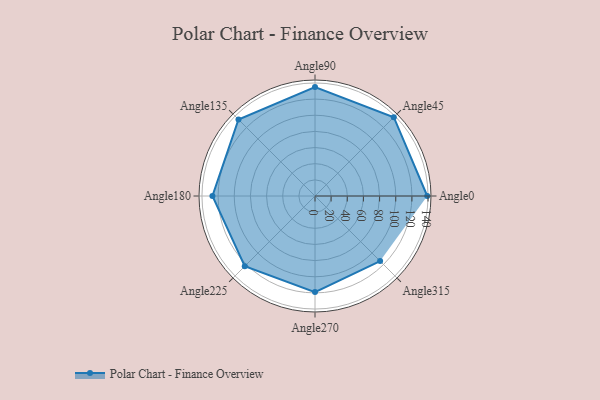
{"axis": {"x": "Angle", "y": "Radius"}, "legend": [""], "data": [{"x": "Angle0", "y": 139.0, "type": ""}, {"x": "Angle45", "y": 138.0, "type": ""}, {"x": "Angle90", "y": 135.0, "type": ""}, {"x": "Angle135", "y": 134.0, "type": ""}, {"x": "Angle180", "y": 127.0, "type": ""}, {"x": "Angle225", "y": 123.0, "type": ""}, {"x": "Angle270", "y": 119.0, "type": ""}, {"x": "Angle315", "y": 114.0, "type": ""}]}